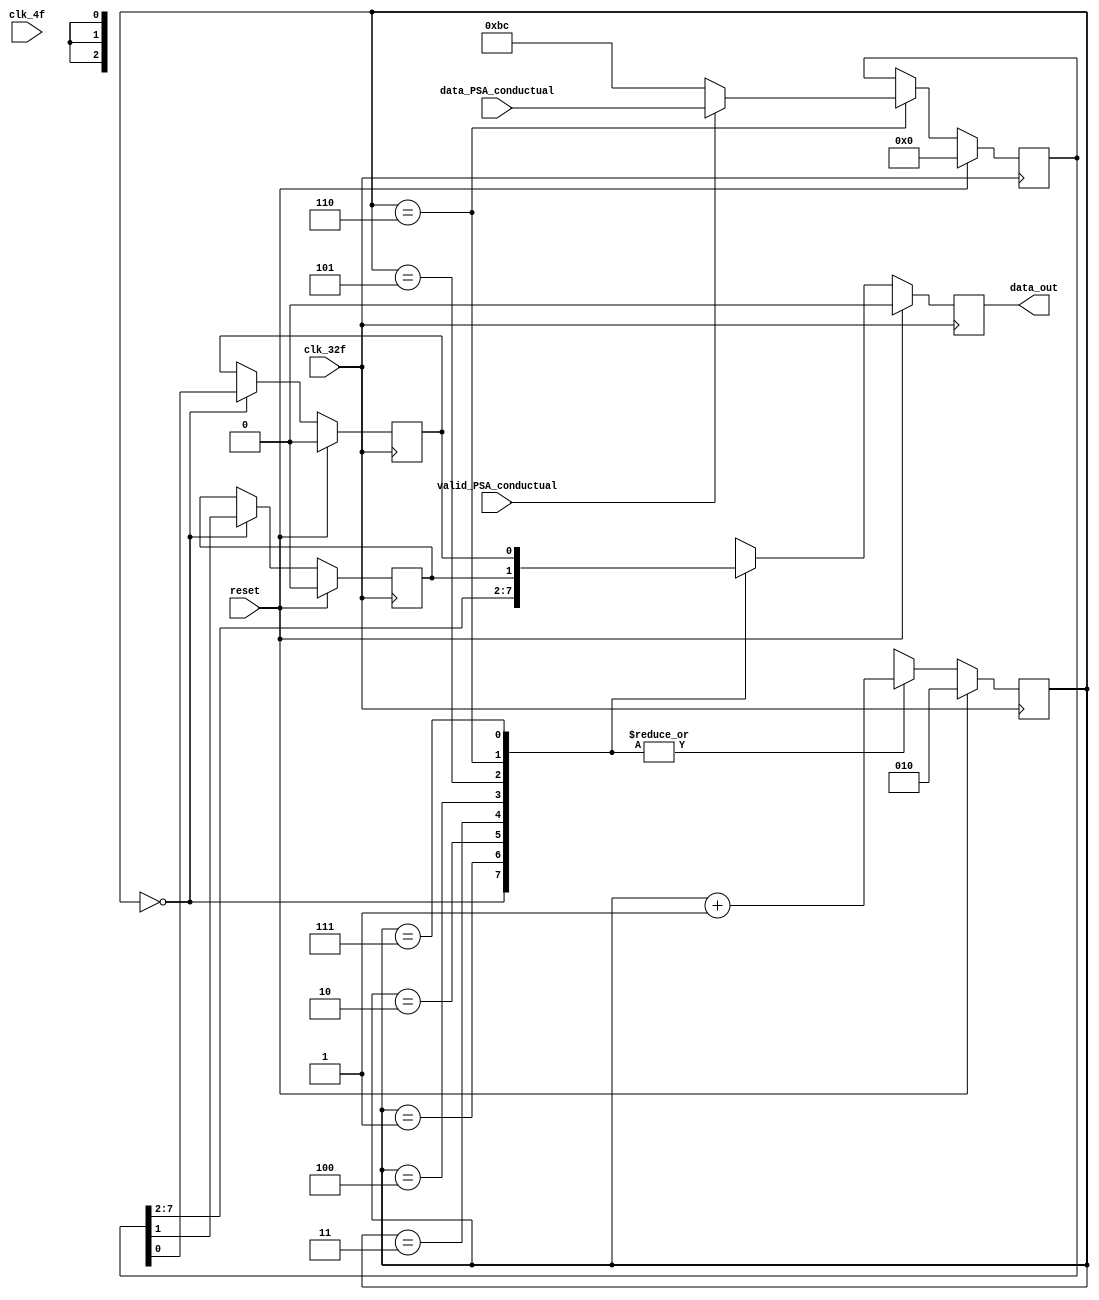
module ParaleloSerial_azul( 
    input [7:0] data_PSA_conductual,
    input clk_4f, clk_32f, valid_PSA_conductual, 
    input reset,
    output reg data_out
    );

    reg [7:0] data2send;
    reg [2:0] selector;
    reg lastbit, idontknow;

    always @(posedge clk_32f) begin 
        if (reset == 1)begin
         selector <= 3'b010;
         data_out <= 0;
         lastbit <= 0;
         idontknow <= 0;
         data2send <=0;
        end

        else begin
            case(selector)
            0: begin
            data_out <= data2send[7];
            {selector} <= {selector} + 1;
            lastbit <= data2send[0];
            idontknow <= data2send[1];
            end
                        
            1: begin 
            data_out <= data2send[6];
            {selector} <= {selector} + 1;
            end

            2: begin 
            data_out <= data2send[5];
            {selector} <= {selector} + 1;
            end

            3: begin
            data_out <= data2send[4];
            {selector} <= {selector} + 1;
            end

            4: begin
            data_out <= data2send[3];
            {selector} <= {selector} + 1;
            end

            5: begin
            data_out <= data2send[2];
            {selector} <= {selector} + 1;
            end

            6: begin
            data_out <= idontknow;
            {selector} <= {selector} + 1;
            if(valid_PSA_conductual == 1)begin
                data2send <= data_PSA_conductual;
            end
            if(valid_PSA_conductual == 0)begin
                data2send <= 8'hBC;
            end
            end

            7: begin
            data_out <= lastbit;
            {selector} <= {selector} + 1;
            end
            endcase
        end
    end

endmodule